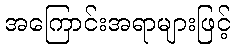
အကြောင်းအရာများဖြင့်